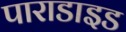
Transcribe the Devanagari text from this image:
पाराडाइड